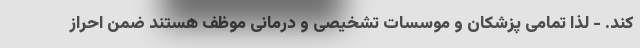
کند. - لذا تمامی پزشکان و موسسات تشخیصی و درمانی موظف هستند ضمن احراز